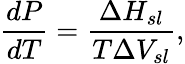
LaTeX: \frac{dP}{dT}=\frac{\Delta H_{sl}}{T\Delta V_{sl}},